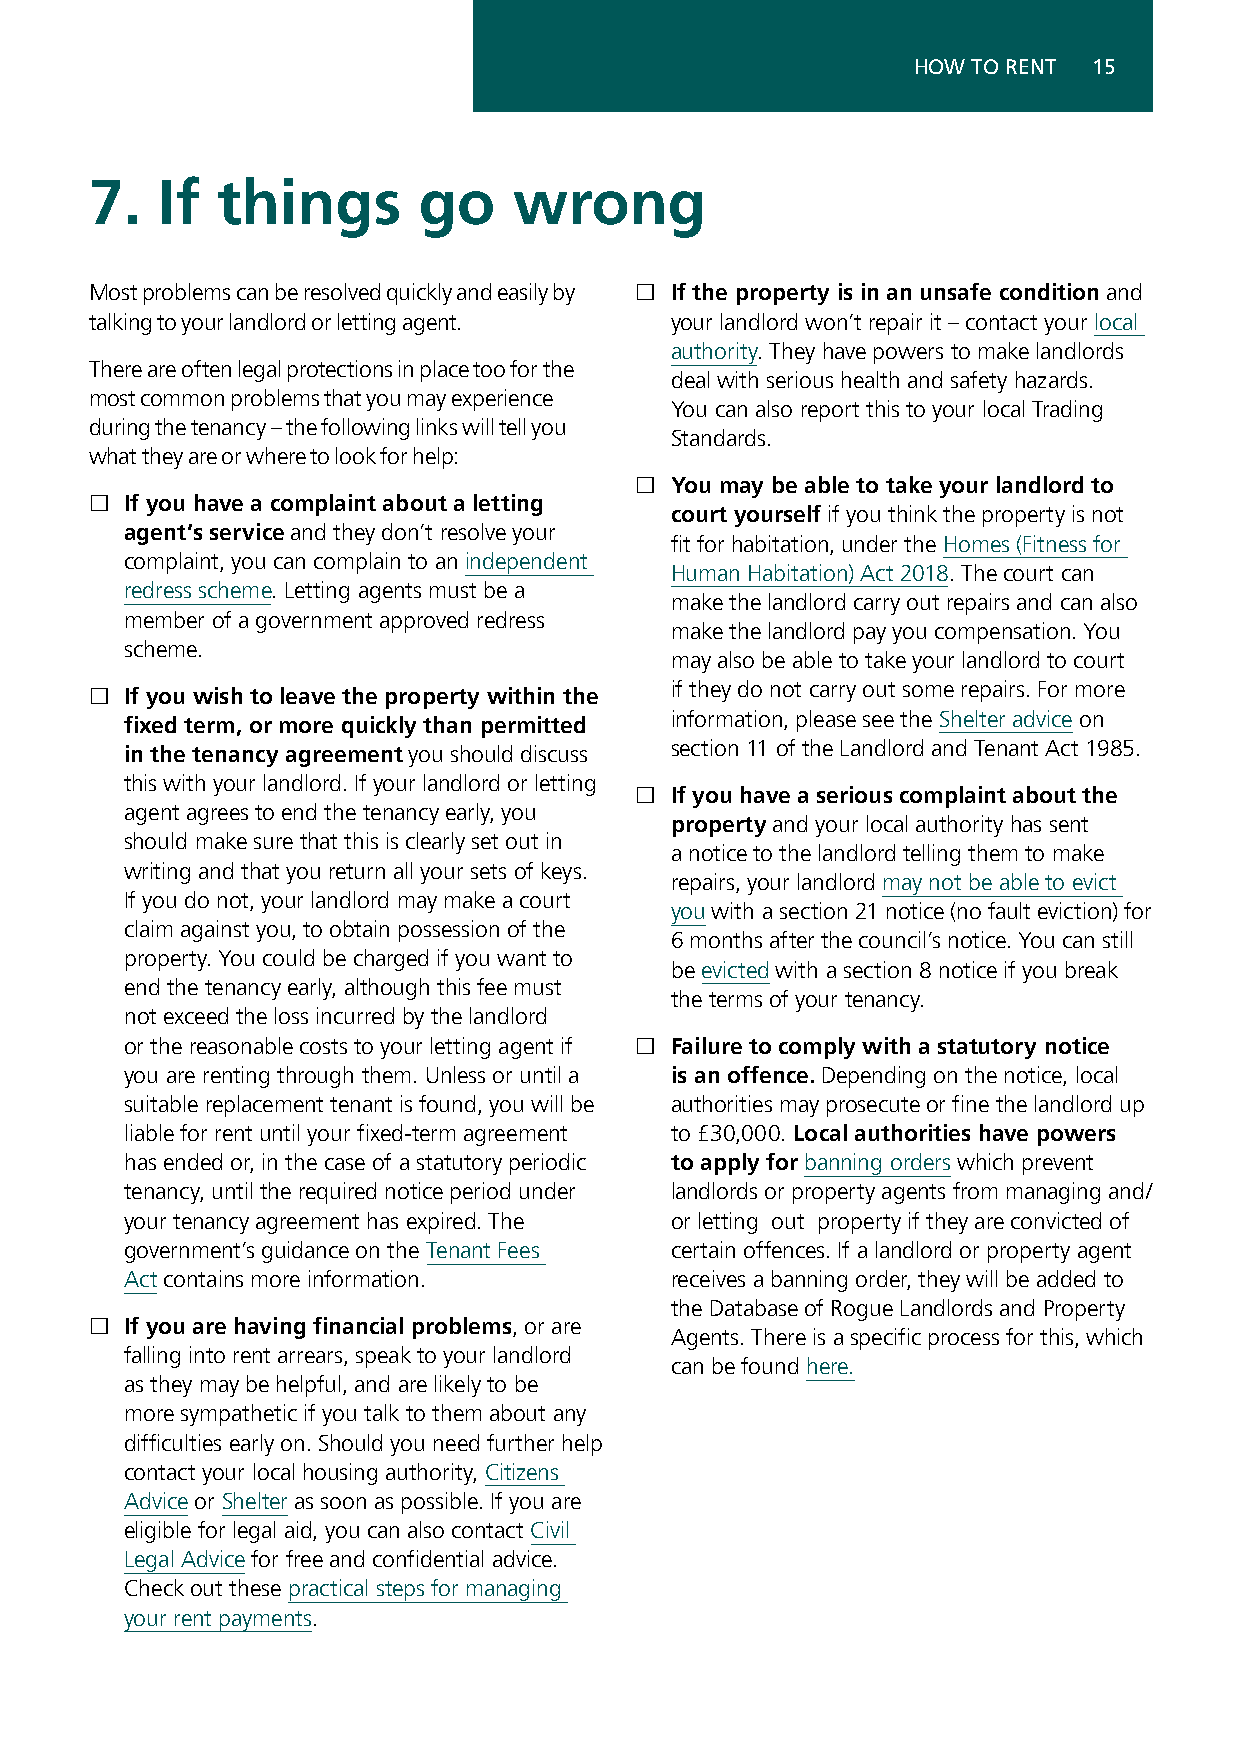
HOW TO RENT 15
 7.  If  things        go    wrong
 Most problems can be resolved quickly and easily by £ If the property is in an unsafe condition and
 talking to your landlord or letting agent. your landlord won’t repair it – contact your local
 authority. They have powers to make landlords
 There are often legal protections in place too for the
 deal with serious health and safety hazards.
 most common problems that you may experience
 You can also report this to your local Trading
 during the tenancy – the following links will tell you
 Standards.
 what they are or where to look for help:
 £ You may be able to take your landlord to
 £ If you have a complaint about a letting
 court yourself if you think the property is not
 agent’s service and they don’t resolve your
 fit for habitation, under the Homes (Fitness for
 complaint, you can complain to an independent
 Human Habitation) Act 2018. The court can
 redress scheme. Letting agents must be a
 make the landlord carry out repairs and can also
 member of a government approved redress
 make the landlord pay you compensation. You
 scheme.
 may also be able to take your landlord to court
 £ If you wish to leave the property within the if they do not carry out some repairs. For more
 information, please see the Shelter advice on
 fixed term, or more quickly than permitted
 section 11 of the Landlord and Tenant Act 1985.
 in the tenancy agreement you should discuss
 this with your landlord. If your landlord or letting
 £ If you have a serious complaint about the
 agent agrees to end the tenancy early, you
 property and your local authority has sent
 should make sure that this is clearly set out in
 a notice to the landlord telling them to make
 writing and that you return all your sets of keys.
 repairs, your landlord may not be able to evict
 If you do not, your landlord may make a court
 you with a section 21 notice (no fault eviction) for
 claim against you, to obtain possession of the
 6 months after the council’s notice. You can still
 property. You could be charged if you want to
 be evicted with a section 8 notice if you break
 end the tenancy early, although this fee must
 the terms of your tenancy.
 not exceed the loss incurred by the landlord
 or the reasonable costs to your letting agent if £ Failure to comply with a statutory notice
 you are renting through them. Unless or until a is an offence. Depending on the notice, local
 suitable replacement tenant is found, you will be authorities may prosecute or fine the landlord up
 liable for rent until your fixed-term agreement to £30,000. Local authorities have powers
 has ended or, in the case of a statutory periodic to apply for banning orders which prevent
 tenancy, until the required notice period under landlords or property agents from managing and/
 your tenancy agreement has expired. The or letting out property if they are convicted of
 government’s guidance on the Tenant Fees certain offences. If a landlord or property agent
 Act contains more information.      receives a banning order, they will be added to
 the Database of Rogue Landlords and Property
 £ If you are having financial problems, or are
 Agents. There is a specific process for this, which
 falling into rent arrears, speak to your landlord
 can be found here.
 as they may be helpful, and are likely to be
 more sympathetic if you talk to them about any
 difficulties early on. Should you need further help
 contact your local housing authority, Citizens
 Advice or Shelter as soon as possible. If you are
 eligible for legal aid, you can also contact Civil
 Legal Advice for free and confidential advice.
 Check out these practical steps for managing
 your rent payments.